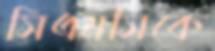
সিএমসিকে